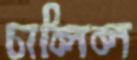
ঢালিল